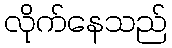
လိုက်နေသည်